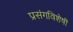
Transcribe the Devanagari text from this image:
प्रसंगविशेषीं